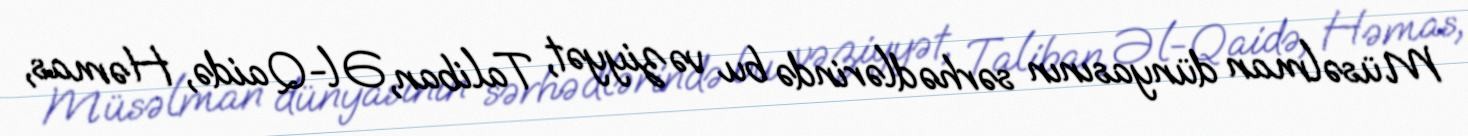
Müsəlman dünyasının sərhədlərində bu vəziyyət, Taliban, Əl-Qaidə, Həmas,